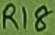
Text: R18